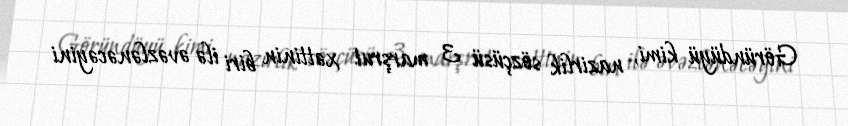
Göründüyü kimi, nazirlik sözçüsü 3 marşrut xəttinin biri ilə əvəzlənəcəyini